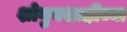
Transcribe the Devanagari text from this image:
शोगुनशाहीच्या